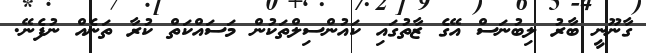
ގާނޫނީ ބާރު ލިބުނަސް އޭގެ ޒާތުގައި ކައުންސިލްތަކުން މަސައްކަތް ކުރާ ތަނެއް ނުފެނޭ.